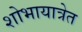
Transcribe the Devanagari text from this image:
शोभायात्रेत